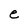
Character: e